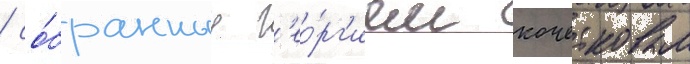
/ со́бранные г'ео́рг'ием кочетковым